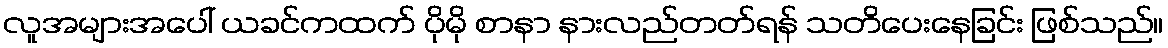
လူအများအပေါ် ယခင်ကထက် ပိုမို စာနာ နားလည်တတ်ရန် သတိပေးနေခြင်း ဖြစ်သည်။